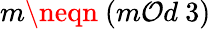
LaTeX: m\neqn\ (m\mathcal{O}d\ 3)